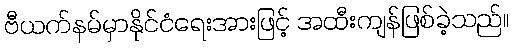
ဗီယက်နမ်မှာနိုင်ငံရေးအားဖြင့် အထီးကျန်ဖြစ်ခဲ့သည်။